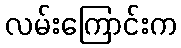
လမ်းကြောင်းက